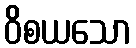
ဝိစယသော